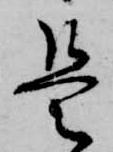
是